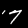
Digit: 7